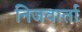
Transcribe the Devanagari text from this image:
निजवार्ता